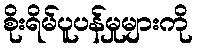
စိုးရိမ်ပူပန်မှုများကို